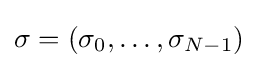
\sigma =(\sigma _{0},\dots ,\sigma _{N-1})